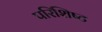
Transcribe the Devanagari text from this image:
परिशिष्‍ट